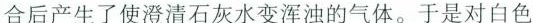
合后产生了使澄清石灰水变浑浊的气体。于是对白色